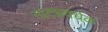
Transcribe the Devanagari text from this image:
नाट्यवर्धक